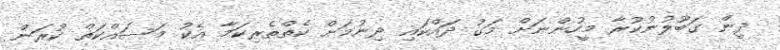
ދީން ގަބޫލުނުކުރާ މީހުންނަށް މަގު ދައްކައި ދިނުމަށް ކެތްތެރިކަމާ އެކު މަސައްކަތް ކުރަން